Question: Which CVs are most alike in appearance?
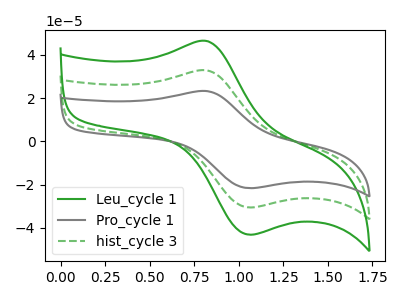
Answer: <think>The green curve "Leu_cycle 1" has an anodic peak at (0.80V, 46.40uA) and a cathodic peak at (1.05V, -43.10uA). The gray curve "Pro_cycle 1" has an anodic peak at (0.80V, 65.70uA) and a cathodic peak at (1.05V, -61.05uA). The green dashed curve "hist_cycle 3" has an anodic peak at (0.80V, 32.85uA) and a cathodic peak at (1.05V, -30.55uA).
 All the peaks in "Leu_cycle 1" have a peak in "Pro_cycle 1" at the same potential. Every peak in "Leu_cycle 1" is lower than every peak in "Pro_cycle 1". All the peaks in "Leu_cycle 1" have a peak in "hist_cycle 3" at the same potential. Every peak in "Leu_cycle 1" is higher than every peak in "hist_cycle 3". All the peaks in "Pro_cycle 1" have a peak in "hist_cycle 3" at the same potential. Every peak in "Pro_cycle 1" is higher than every peak in "hist_cycle 3".</think>
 <answer>"Leu_cycle 1", "Pro_cycle 1" and "hist_cycle 3" have the same shape and are likely CV's of the same chemical.</answer>
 <eval>"Leu_cycle 1" "Pro_cycle 1" "hist_cycle 3"</eval>